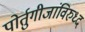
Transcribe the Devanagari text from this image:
पोर्तुगीजांविरुध्द